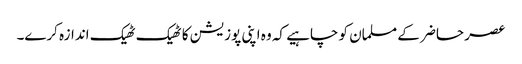
عصر حاضر کے مسلمان کو چاہیے کہ وہ اپنی پوزیشن کا ٹھیک ٹھیک اندازہ کرے۔